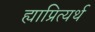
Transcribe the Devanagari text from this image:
ह्याप्रित्यर्थ